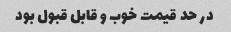
در حد قیمت خوب و قابل قبول بود